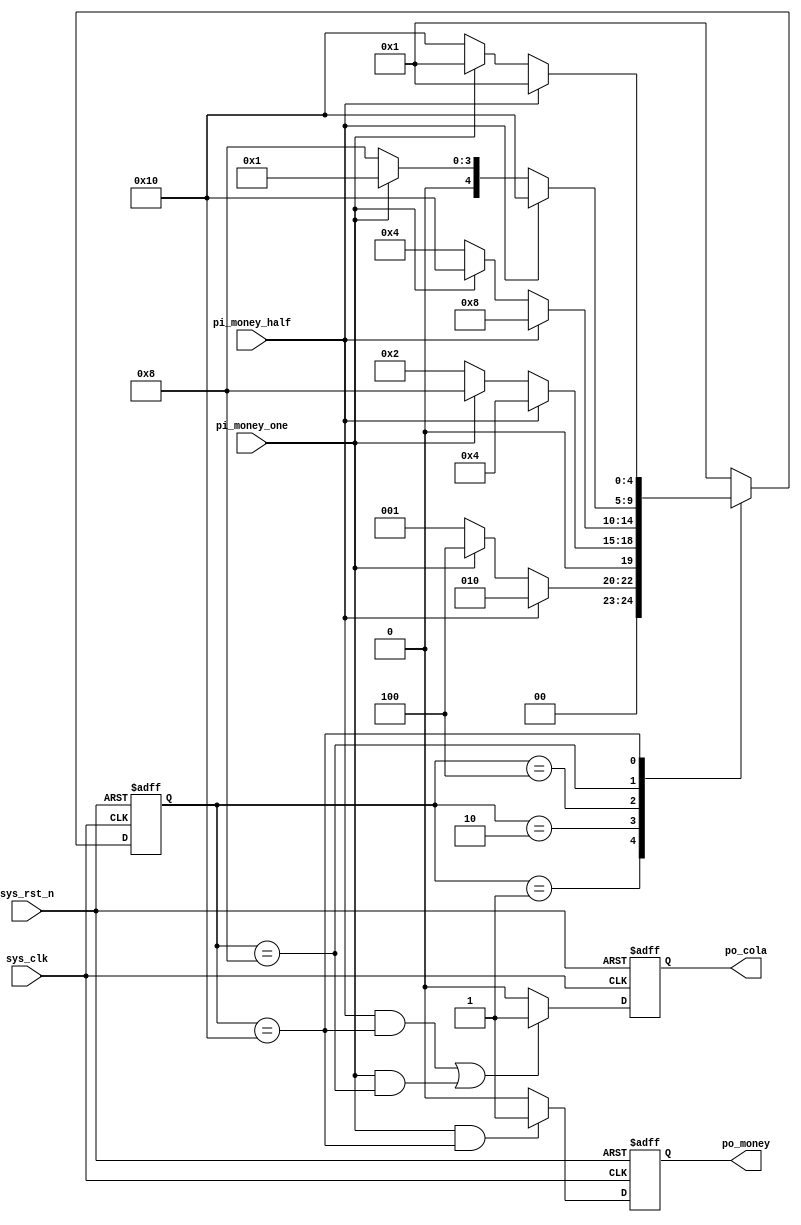
module complex_fsm
(
    input   wire    sys_clk           ,
    input   wire    sys_rst_n         ,
    input   wire    pi_money_half     ,
    input   wire    pi_money_one      ,
                                      
    output  reg     po_cola           ,
    output  reg     po_money     

);

parameter
    IDLE        =   5'b00001,
    HALF        =   5'b00010,
    ONE         =   5'b00100,
    ONE_HALF    =   5'b01000,
    TWO         =   5'b10000;

reg     [4:0]   state;

always@(posedge sys_clk or negedge sys_rst_n)
    if(sys_rst_n == 1'b0)
        state <= IDLE;
    else 
        case(state)
            IDLE    :   if(pi_money_half == 1'b1)
                            state <= HALF;
                        else if(pi_money_one == 1'b1)
                            state <= ONE;
                        else    
                            state <= IDLE;
             
            HALF    :   if(pi_money_half == 1'b1)
                            state <= ONE;
                        else if(pi_money_one == 1'b1)
                            state <= ONE_HALF;
                        else    
                            state <= HALF;
                            
            ONE    :    if(pi_money_half == 1'b1)
                            state <= ONE_HALF;
                        else if(pi_money_one == 1'b1)
                            state <= TWO;
                        else    
                            state <= ONE;  
                            
            ONE_HALF    :   if(pi_money_half == 1'b1)
                            state <= TWO;
                            else if(pi_money_one == 1'b1)
                                state <= IDLE;
                            else    
                                state <= ONE_HALF;           
            
            TWO    :    if(pi_money_half == 1'b1)
                            state <= IDLE;
                        else if(pi_money_one == 1'b1)
                            state <= IDLE;
                        else    
                            state <= TWO;
            
            default :   state <= IDLE;
            
        endcase   

always@(posedge sys_clk or negedge sys_rst_n)
    if(sys_rst_n == 1'b0)
        po_cola <= 1'b0;
    else if((pi_money_half == 1'b1 && state == TWO)
            || (pi_money_one == 1'b1 && state == ONE_HALF))
        po_cola <= 1'b1;
    else
        po_cola <= 1'b0;
 
always@(posedge sys_clk or negedge sys_rst_n)
    if(sys_rst_n == 1'b0)
        po_money <= 1'b0; 
    else if(pi_money_one == 1'b1 && state == TWO)                   
        po_money <= 1'b1;
    else
        po_money <= 1'b0;
                        
                        
                        
                        
                                              
endmodule